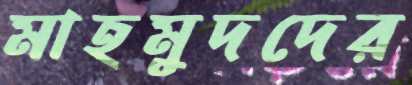
মাহমুদদের